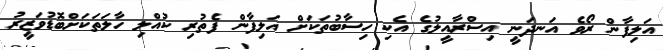
އަލިފާން ރޯވެ އަނދަނީ އިސްރާއީލުގެ އެކި ހިސާބުތަކަށް އަލިފާން ފެތުރި ކުއްލި ހާލަތަކަށްބޮޑުވަޒީރު